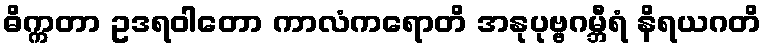
ဓိက္ကတာ ဥဒရဝါတော ကာလံကရောတိ အနုပုဗ္ဗဂမ္ဘီရံ နိရယဂတိ